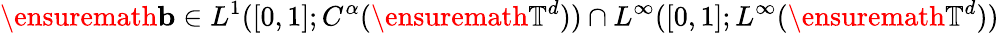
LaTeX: \ensuremath{\mathbf{b}}\in L^{1}([0,1];C^{\alpha}(\ensuremath{\mathbb{T}}^{d}))\cap L^{\infty}([0,1];L^{\infty}(\ensuremath{\mathbb{T}}^{d}))